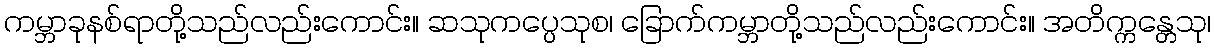
ကမ္ဘာခုနစ်ရာတို့သည်လည်းကောင်း။ ဆသုကပ္ပေသုစ၊ ခြောက်ကမ္ဘာတို့သည်လည်းကောင်း။ အတိက္ကန္တေသု၊